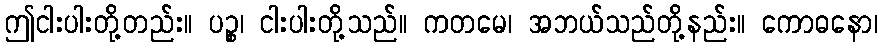
ဤငါးပါးတို့တည်း။ ပဉ္စ၊ ငါးပါးတို့သည်။ ကတမေ၊ အဘယ်သည်တို့နည်း။ ကောဓနော၊